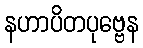
နဟာပိတပုဗ္ဗေန